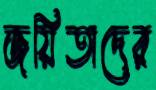
জয়িতাদের